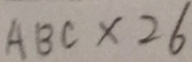
A B C \times 2 6